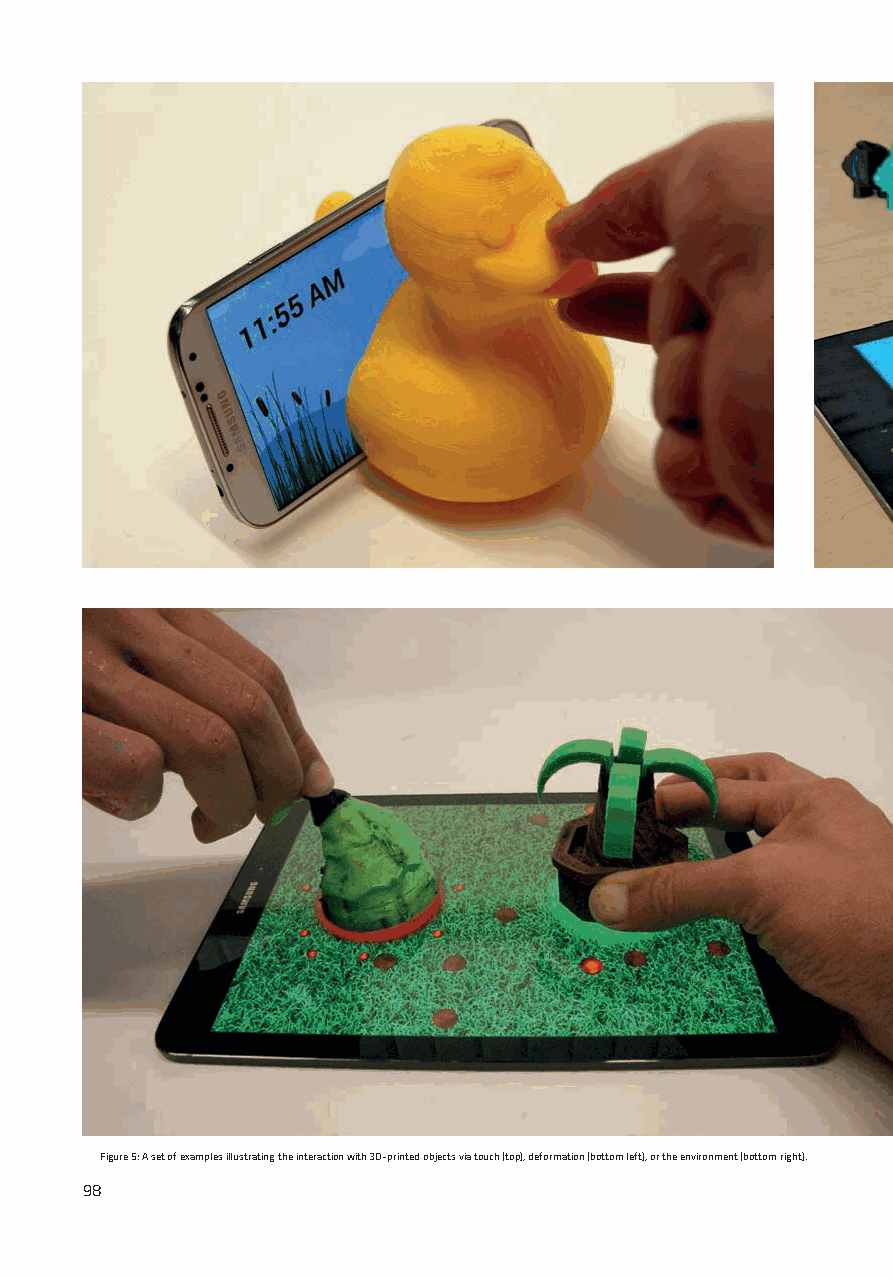
Figure 5: A set of examples illustrating the interaction with 3D-printed objects via touch (top), deformation (bottom left), or the environment (bottom right).
 98